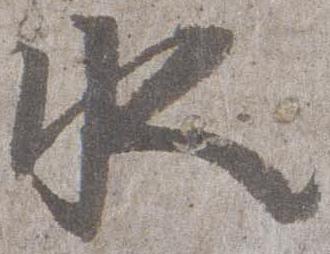
水